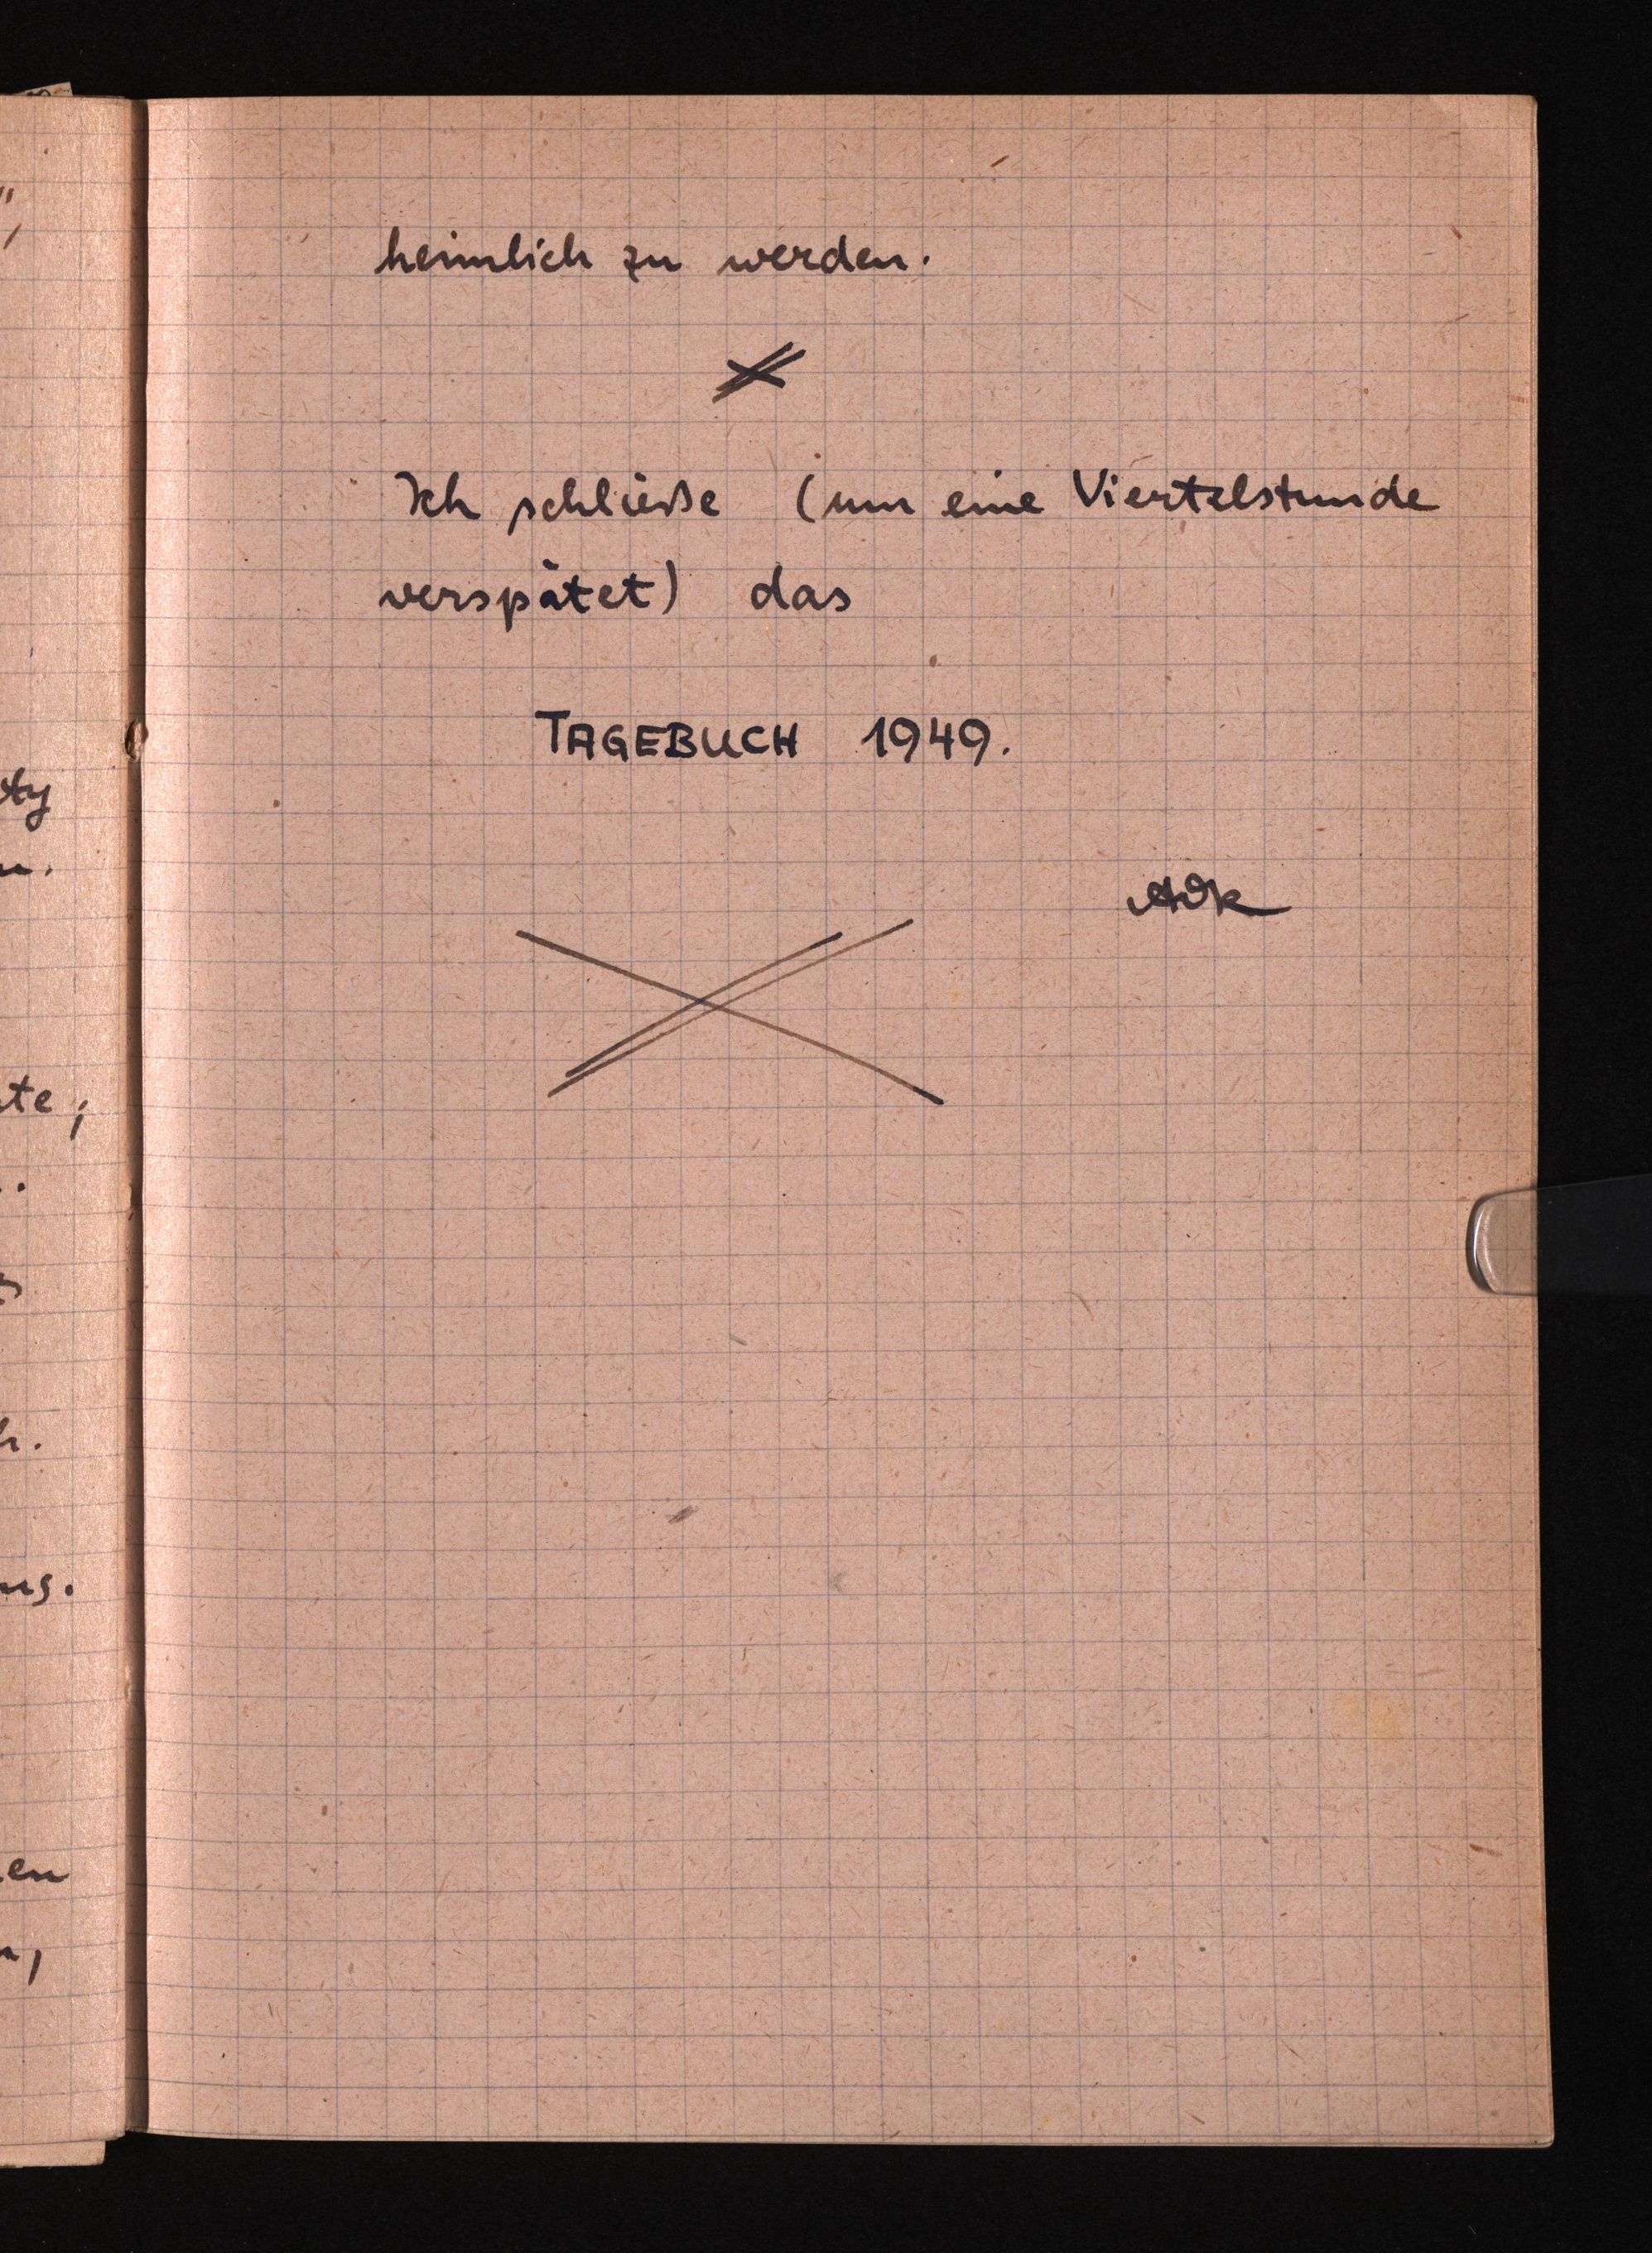
heimlich zu werden.
Ich schließe (um eine Viertelstunde
verspatet) das
TRGEBUCEH 1949.
Ax